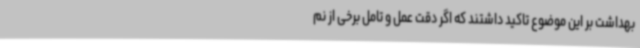
بهداشت بر این موضوع تاکید داشتند که اگر دقت عمل و تامل برخی از نم